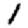
Digit: 1